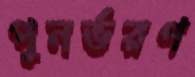
পুনর্ভরণ